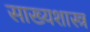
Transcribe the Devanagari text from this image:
साख्यशास्त्र